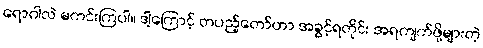
ရောဂါလဲ မကင်းကြပါ။ ဒါ့ကြောင့် တပည့်တော်ဟာ အခွင့်ရတိုင်း အရကျက်ဖို့များတဲ့